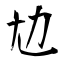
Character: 𡯄